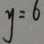
y = 6